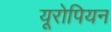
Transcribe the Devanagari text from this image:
यूरोपियन